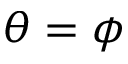
\theta = \phi